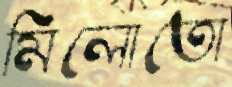
মিলোতো